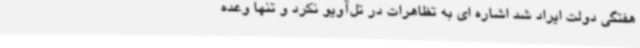
هفتگی دولت ایراد شد اشاره ای به تظاهرات در تل‌آویو نکرد و تنها وعده